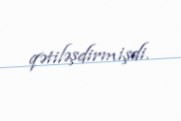
qətiləşdirmişdi.